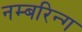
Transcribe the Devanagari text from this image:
नम्बरिन्ग